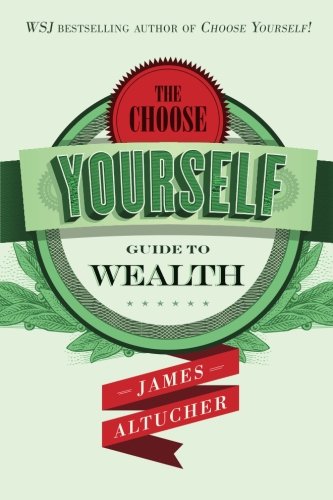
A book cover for The Choose Yourself Guide To Wealth; James Altucher; Business & Money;